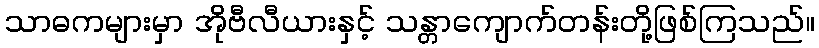
သာဓကများမှာ အိုဗီလီယားနှင့် သန္တာကျောက်တန်းတို့ဖြစ်ကြသည်။